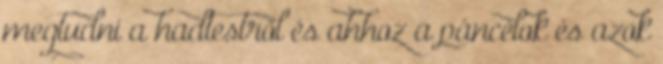
megtudni a hadtestről és ahhoz a páncélok és azok